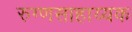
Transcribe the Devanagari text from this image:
रुग्णसाहाय्यक